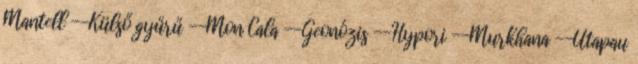
Mantell --Külső gyűrű --Mon Cala --Geonózis --Hypori --Murkhana --Utapau